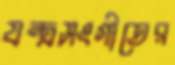
যন্ত্রসংগীতের